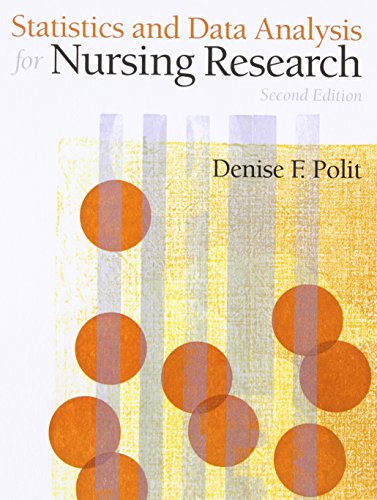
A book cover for Statistics and Data Analysis for Nursing Research (2nd Edition); Denise F. Polit Ph.D.  FAAN; Medical Books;